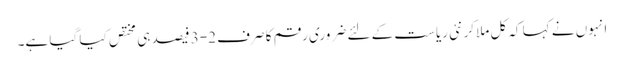
انہوں نے کہا کہ کل ملاکر نئی ریاست کے لئے ضروری رقم کا صرف 2-3 فیصد ہی مختص کیا گیا ہے۔